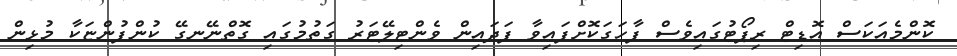
ކޮންމެއަކަސް އޮޑިޓް ރިޕޯޓުގައިވެސް ފާހަގަކޮށްފައިވާ ފަދައިން ވެންޓިލޭޓަރު ގަތުމުގައި ގޮތްނޭނގޭ ކުންފުންޏަކާ މުޅިން